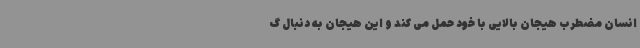
انسان مضطرب هیجان بالایی با خود حمل می کند و این هیجان به دنبال گ